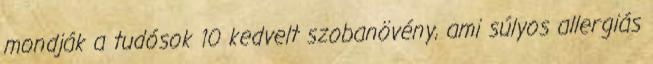
mondják a tudósok 10 kedvelt szobanövény, ami súlyos allergiás